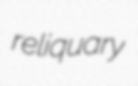
reliquary